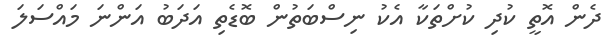
ދެން އޮތީ ކުދި ކުށްތަކާ އެކު ނިސްބަތުން ބޮޑެތި އަދަބު އަންނަ މައްސަލަ